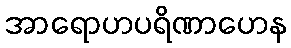
အာရောဟပရိဏာဟေန